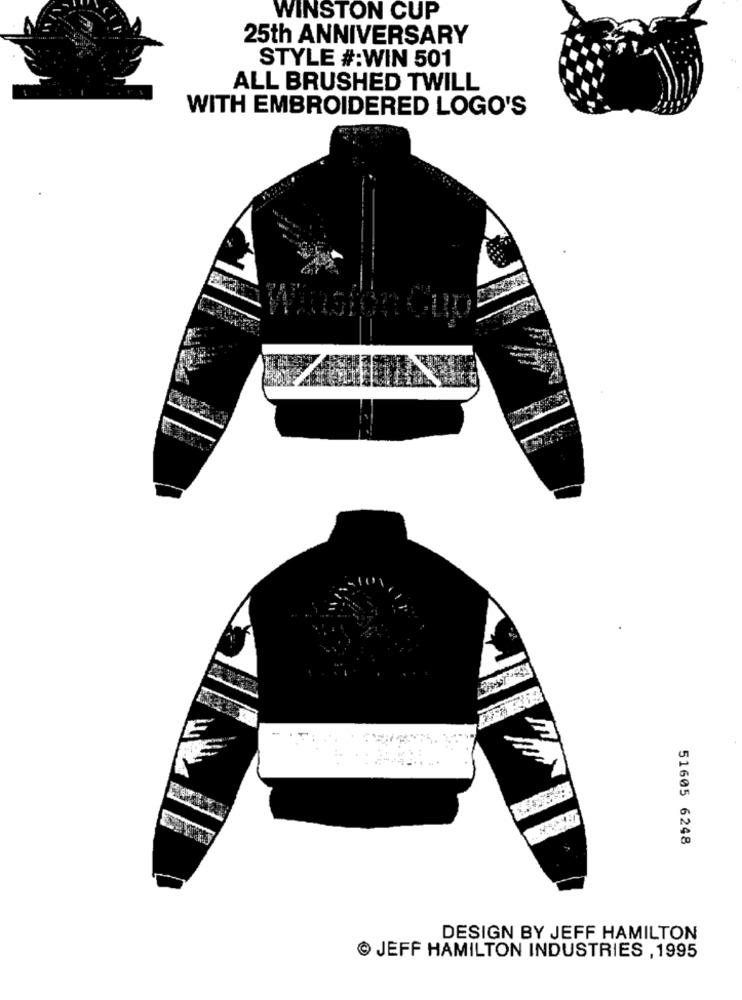
WINSTON CUP
25th ANNIVERSARY
STYLE #:WIN 501
ALL BRUSHED TWILL
WITH EMBROIDERED LOGO'S
51605 6248
DESIGN BY JEFF HAMILTON
JEFF HAMILTON INDUSTRIES , 1995